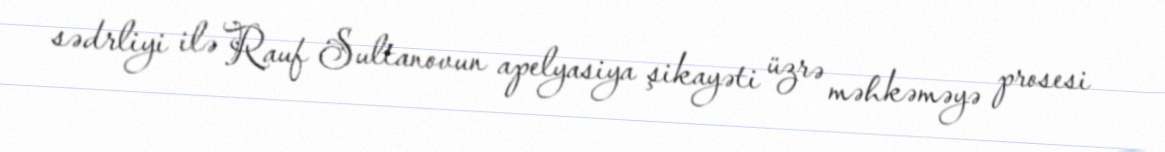
sədrliyi ilə Rauf Sultanovun apelyasiya şikayəti üzrə məhkəməyə prosesi